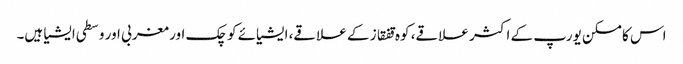
اس کا مسکن یورپ کے اکثر علاقے، کوہ قفقاز کے علاقے، ایشیائے کوچک اور مغربی اور وسطی ایشیا ہیں۔